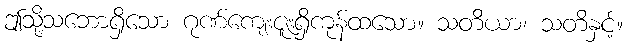
ဤသို့သဘောရှိသော ဂုဏ်ကျေးဇူးရှိကုန်ထသော။ သတိယာ၊ သတိနှင့်။